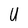
Character: U